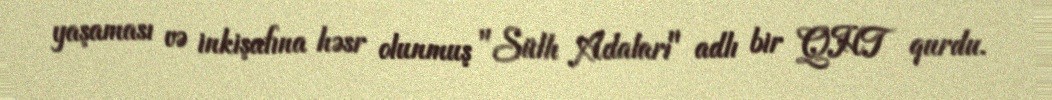
yaşaması və inkişafına həsr olunmuş "Sülh Adaları" adlı bir QHT qurdu.